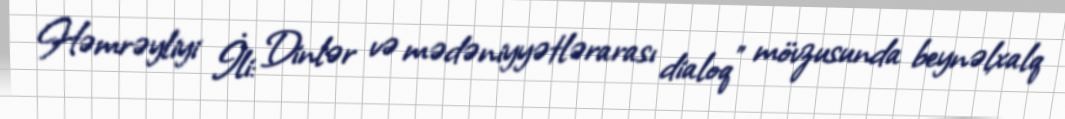
Həmrəyliyi İli: Dinlər və mədəniyyətlərarası dialoq" mövzusunda beynəlxalq